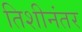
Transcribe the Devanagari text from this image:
तिशीनंतर